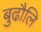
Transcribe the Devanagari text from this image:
बुढौलि